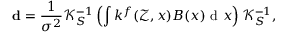
\mathbf { d } = \frac { 1 } { \sigma ^ { 2 } } \mathcal { K } _ { S } ^ { - 1 } \left( \int k ^ { f } ( \mathcal { Z } , x ) B ( x ) \mathrm { ~ d ~ } x \right) \mathcal { K } _ { S } ^ { - 1 } ,